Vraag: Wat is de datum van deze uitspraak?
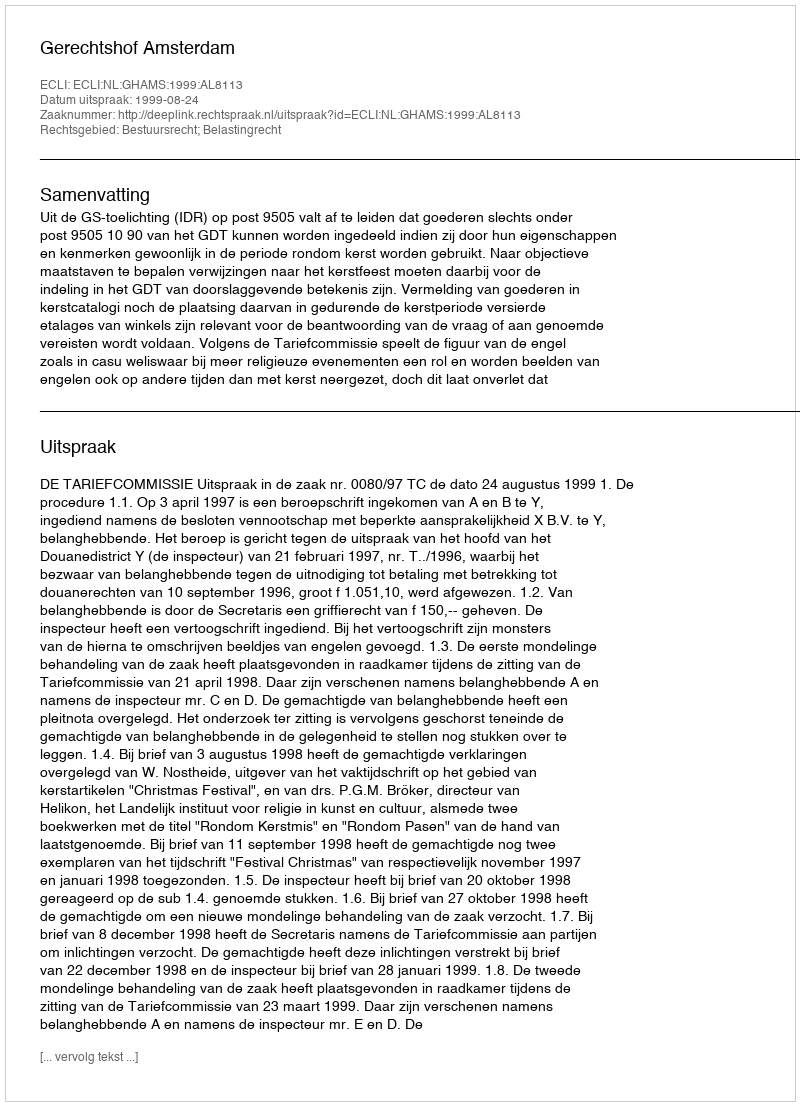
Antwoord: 1999-08-24